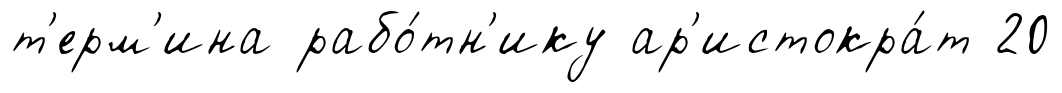
т'ерм'ина рабо́тн'ику ар'истокра́т 20